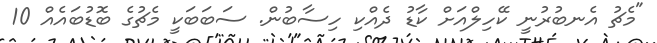
"މެޗު އެނބުރުނީ ކޭހިލްއަށް ކާޑު ދެއްކި ހިސާބުން. ސަބަބަކީ މެޗުގެ ބޮޑުބައެއް 10